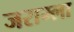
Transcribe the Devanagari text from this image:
जराम्ला